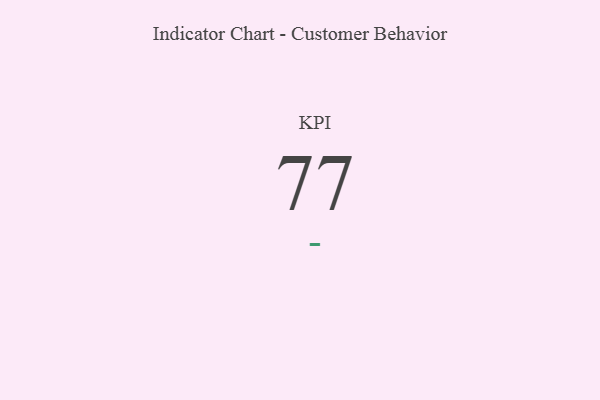
{"axis": {"x": "KPI", "y": "Value"}, "legend": [""], "data": [{"x": "KPI", "y": 77, "type": ""}]}